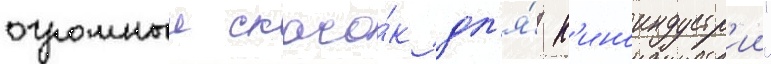
огромныи скачо́к дл'я́ к'иноиндустр'ии"